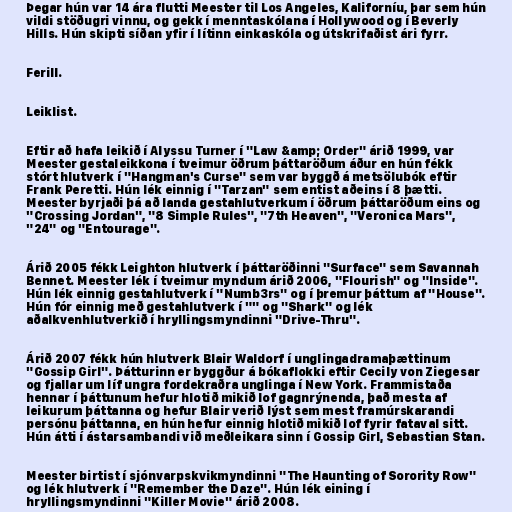
Þegar hún var 14 ára flutti Meester til Los Angeles, Kaliforníu, þar sem hún
vildi stöðugri vinnu, og gekk í menntaskólana í Hollywood og í Beverly
Hills. Hún skipti síðan yfir í lítinn einkaskóla og útskrifaðist ári fyrr.

Ferill.

Leiklist.

Eftir að hafa leikið í Alyssu Turner í "Law &amp; Order" árið 1999, var
Meester gestaleikkona í tveimur öðrum þáttaröðum áður en hún fékk
stórt hlutverk í "Hangman's Curse" sem var byggð á metsölubók eftir
Frank Peretti. Hún lék einnig í "Tarzan" sem entist aðeins í 8 þætti.
Meester byrjaði þá að landa gestahlutverkum í öðrum þáttaröðum eins og
"Crossing Jordan", "8 Simple Rules", "7th Heaven", "Veronica Mars",
"24" og "Entourage".

Árið 2005 fékk Leighton hlutverk í þáttaröðinni "Surface" sem Savannah
Bennet. Meester lék í tveimur myndum árið 2006, "Flourish" og "Inside".
Hún lék einnig gestahlutverk í "Numb3rs" og í þremur þáttum af "House".
Hún fór einnig með gestahlutverk í "" og "Shark" og lék
aðalkvenhlutverkið í hryllingsmyndinni "Drive-Thru".

Árið 2007 fékk hún hlutverk Blair Waldorf í unglingadramaþættinum
"Gossip Girl". Þátturinn er byggður á bókaflokki eftir Cecily von Ziegesar
og fjallar um líf ungra fordekraðra unglinga í New York. Frammistaða
hennar í þáttunum hefur hlotið mikið lof gagnrýnenda, það mesta af
leikurum þáttanna og hefur Blair verið lýst sem mest framúrskarandi
persónu þáttanna, en hún hefur einnig hlotið mikið lof fyrir fataval sitt.
Hún átti í ástarsambandi við meðleikara sinn í Gossip Girl, Sebastian Stan.

Meester birtist í sjónvarpskvikmyndinni "The Haunting of Sorority Row"
og lék hlutverk í "Remember the Daze". Hún lék eining í
hryllingsmyndinni "Killer Movie" árið 2008.